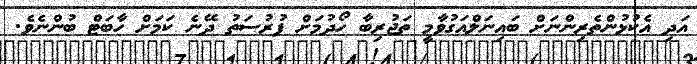
އަދި އެކުޅުންތެރިންނަށް ބައިނަލްއަގުވާމީ ތަޖުރިބާ ހޯދުމަށް ފުރުސަތު ދޭނެ ކަމަށް ހާބަޓް ބުންނެވެ.